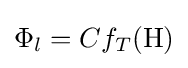
\Phi _{l}=Cf_{T}(\mathrm {H} )